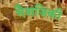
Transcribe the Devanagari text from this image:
भैशजिकी